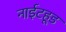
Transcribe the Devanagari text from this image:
नाईटहूड